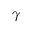
\gamma